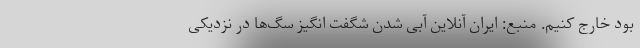
بود خارج کنیم. منبع: ایران آنلاین آبی شدن شگفت انگیز سگ‌ها در نزدیکی